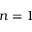
n = 1